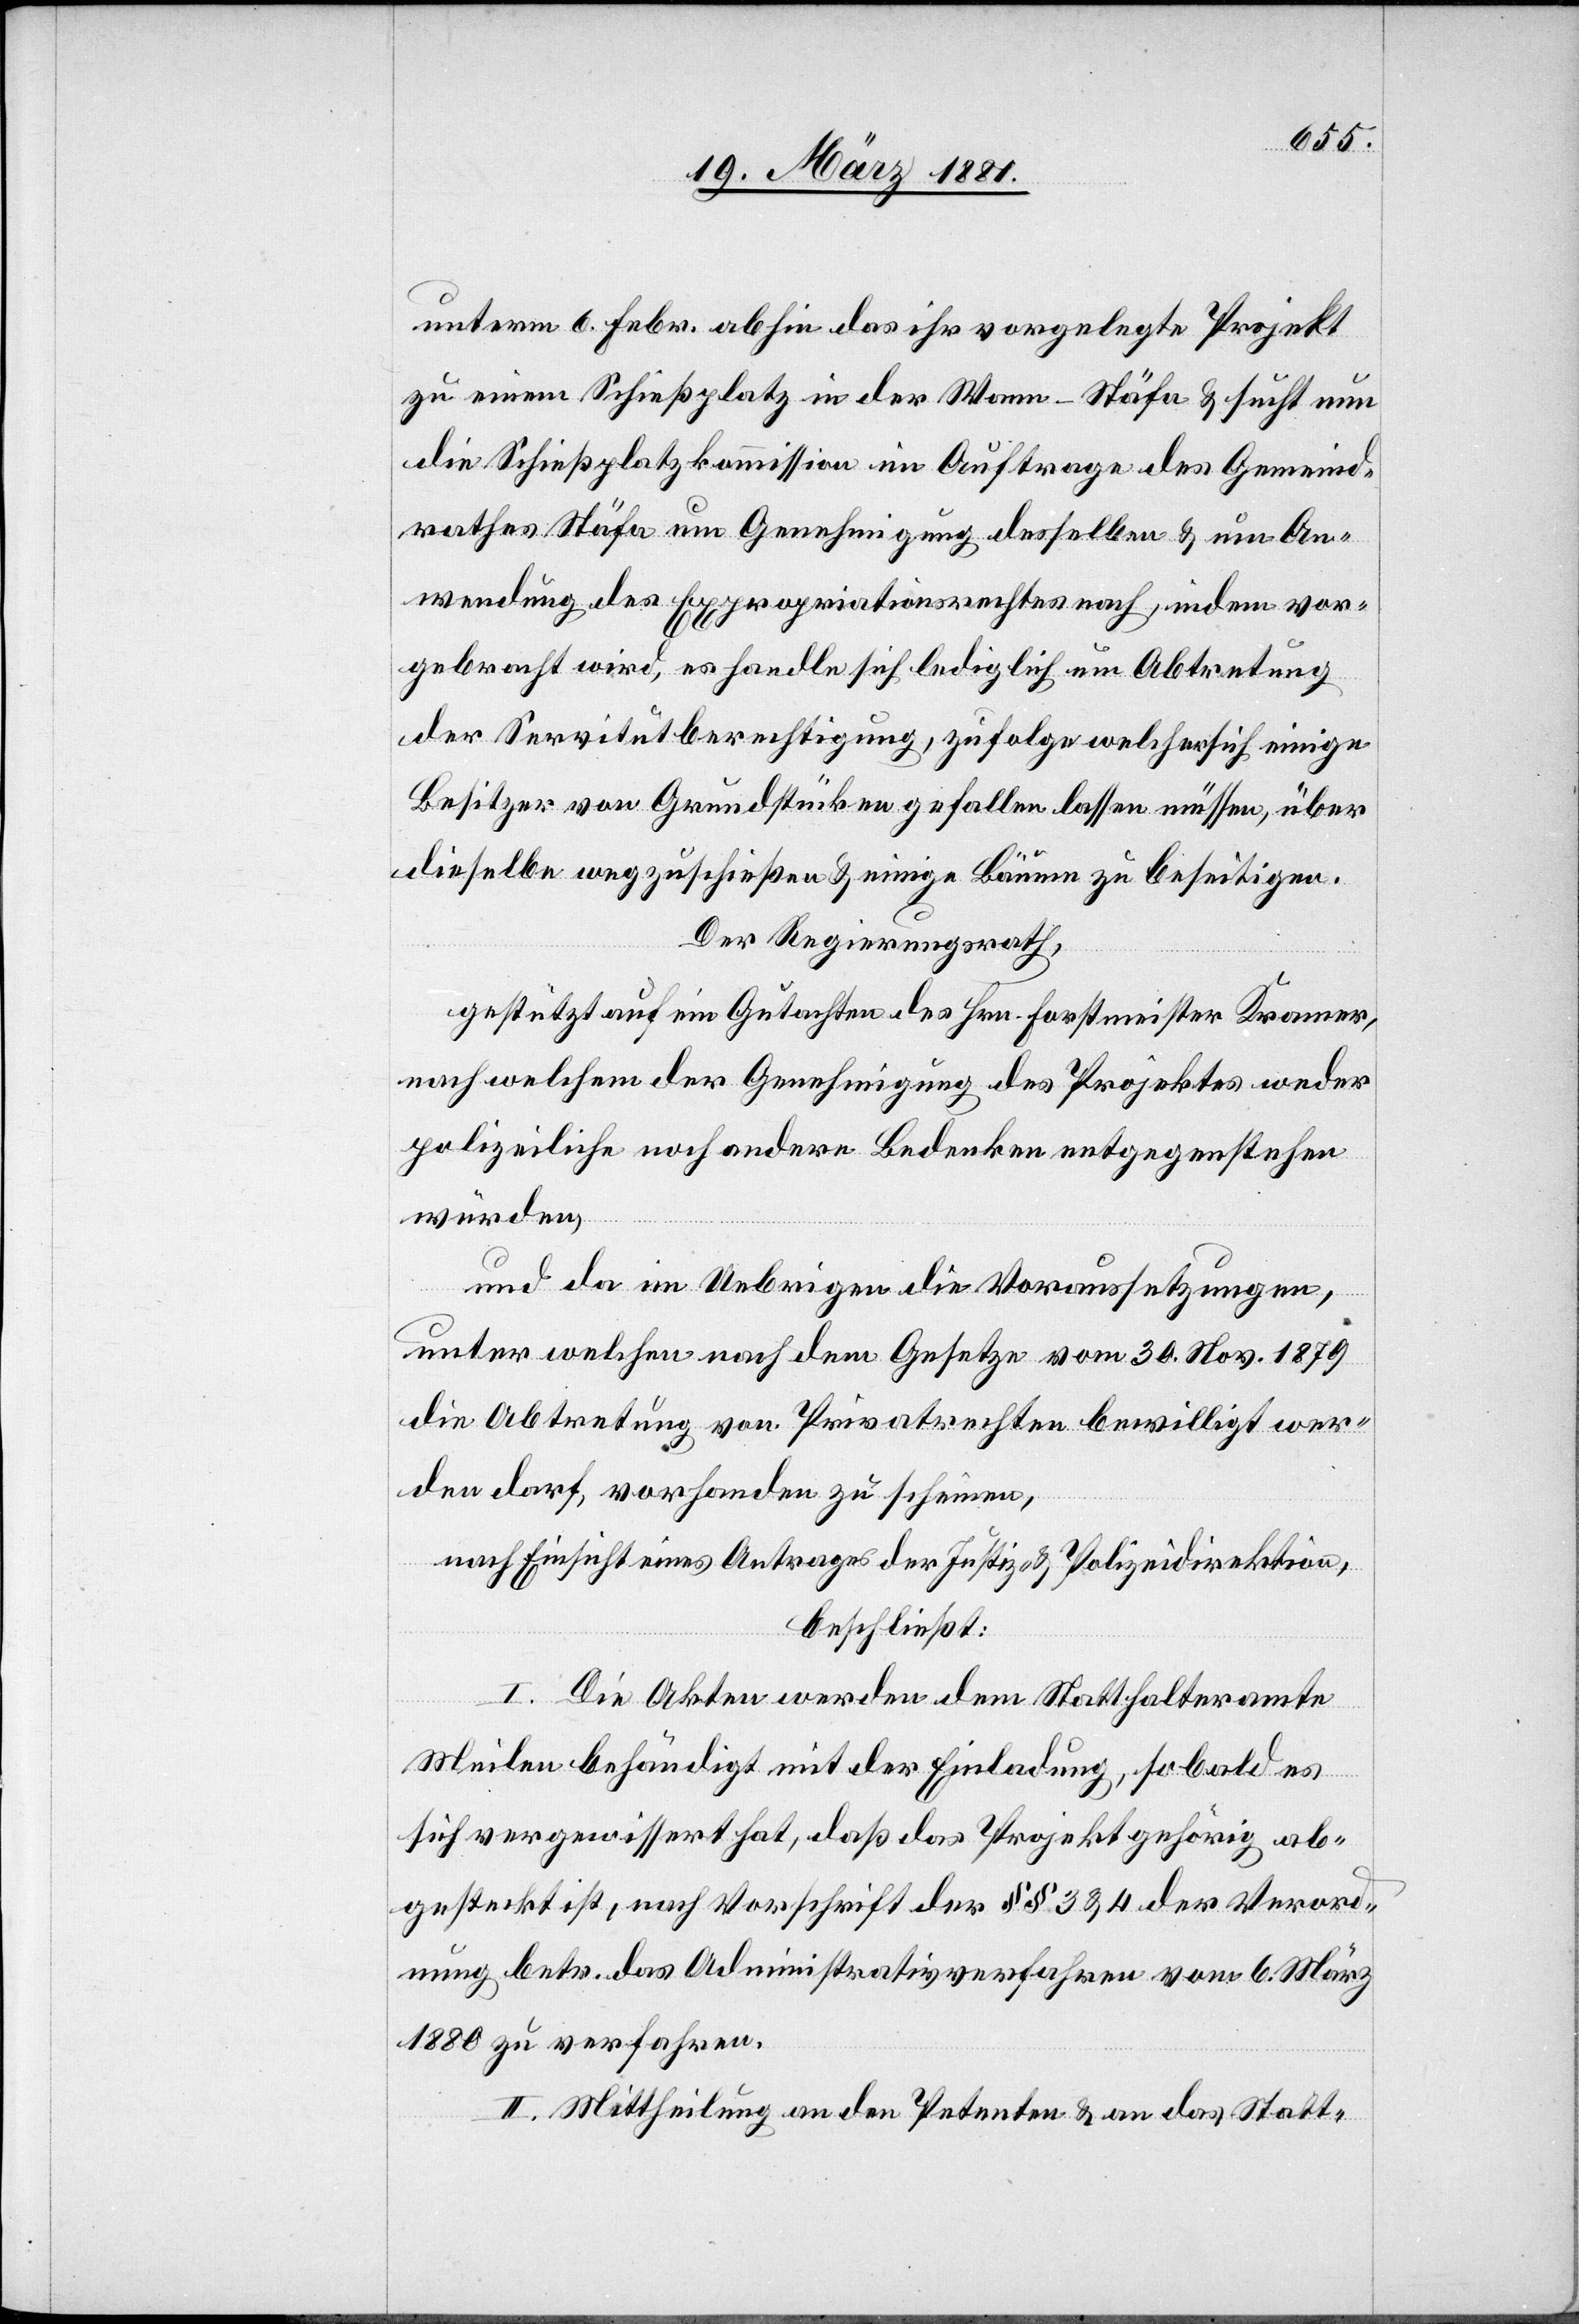
unterm 6. Febr. abhin das ihr vorgelegte Projekt
zu einem Schießplatz in der Wann - Stäfa & sucht nun
die Schießplatzkommission im Auftrage des Gemeind¬
rathes Stäfa um Genehmigung desselben & um An¬
wendung des Expropriationsrechtes nach, indem vor¬
gebracht wird, es handle sich lediglich um Abtretung
der Servitutberechtigung, zufolge welcher sich einige
Besitzer von Grundstücken gefallen lassen müssen, über
dieselben wegzuschießen & einige Bäume zu beseitigen.
Der Regierungsrath,
gestützt auf ein Gutachten des Hrn. Forstmeister Kramer,
nach welchem der Genehmigung des Projektes weder
polizeiliche noch andere Bedenken entgegenstehen
würden,
und da im Uebrigen die Voraussetzungen,
unter welchen nach dem Gesetze vom 30. Nov. 1879
die Abtretung von Privatrechten bewilligt wer¬
den darf, vorhanden zu scheinen,
nach Einsicht eines Antrages der Justiz- & Polizeidirektion,
beschließt:
I. Die Akten werden dem Statthalteramte
Meilen behändigt mit der Einladung, so bald es
sich vergewissert hat, daß das Projekt gehörig ab¬
gesteckt ist, nach Vorschrift der §§ 3 & 4 der Verord¬
nung betr. das Administrativverfahren vom 6. März
1880 zu verfahren.
II. Mittheilung an den Petenten & an das Statt-